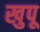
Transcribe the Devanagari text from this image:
खुपू